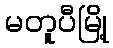
မတူပီမြို့